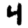
Digit: 4